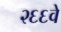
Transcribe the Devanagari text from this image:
२६६वे